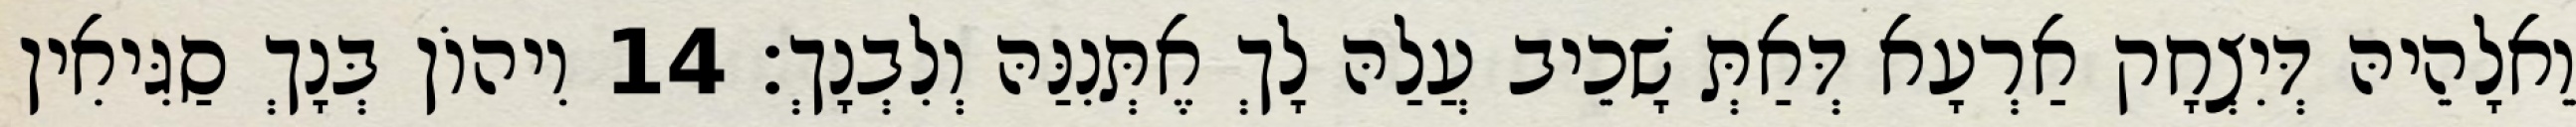
וֵאלָהֵיהּ דְּיִצְחָק אַרְעָא דְּאַתְּ שָׁכֵיב עֲלַהּ לָךְ אֶתְּנִנַּהּ וְלִבְנָךְ׃ 14 וִיהוֹן בְּנָךְ סַגִּיאִין